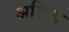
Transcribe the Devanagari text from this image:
अडिला